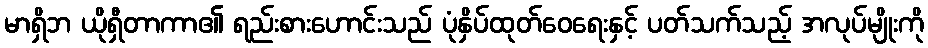
မာရှိဘ ယိုရှီတာကာ၏ ရည်းစားဟောင်းသည် ပုံနှိပ်ထုတ်ဝေရေးနှင့် ပတ်သက်သည့် အလုပ်မျိုးကို